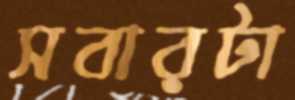
সবারটা